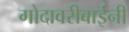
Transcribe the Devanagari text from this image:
गोदावरीबाईंनी